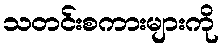
သတင်းစကားများကို